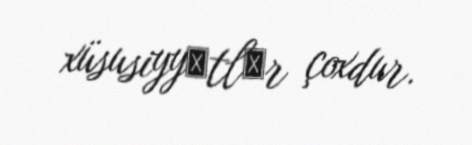
xüsusiyyәtlәr çoxdur.